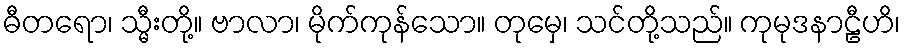
ဓီတရော၊ သ္မီးတို့။ ဗာလာ၊ မိုက်ကုန်သော။ တုမှေ၊ သင်တို့သည်။ ကုမုဒနာဠီဟိ၊